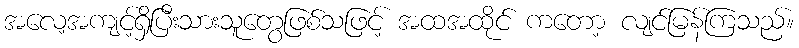
အလေ့အကျင့်ရှိပြီးသားသူတွေဖြစ်သဖြင့် အထအထိုင် ကတော့ လျင်မြန်ကြသည်။